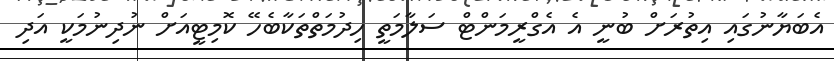
އެބަޔާނުގައި އިތުރަށް ބުނީ އެ އެގްރީމަންޓް ސަލާމަތީ ހިދުމަތްތަކާބެހޭ ކޮމިޓީއަށް ނުދިނުމަކީ އަދި